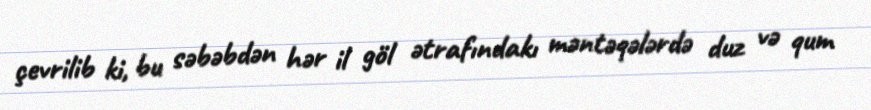
çevrilib ki, bu səbəbdən hər il göl ətrafındakı məntəqələrdə duz və qum